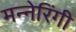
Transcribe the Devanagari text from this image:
मन्नेरिंगी